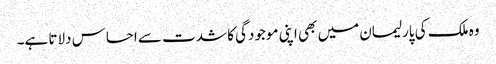
وہ ملک کی پارلیمان میں بھی اپنی موجودگی کا شدت سے احساس دلاتا ہے۔